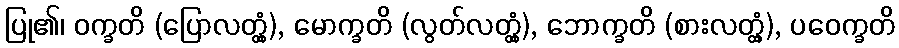
ပြု၏၊ ဝက္ခတိ (ပြောလတ္တံ့), မောက္ခတိ (လွတ်လတ္တံ့), ဘောက္ခတိ (စားလတ္တံ့), ပဝေက္ခတိ